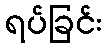
ရပ်ခြင်း